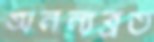
অনন্যব্রত